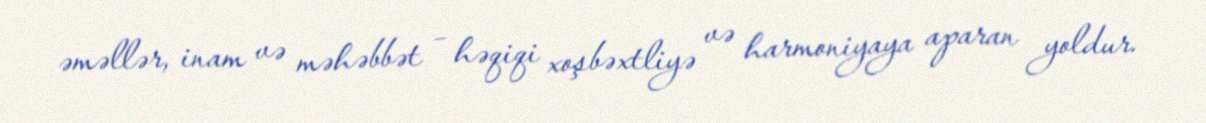
əməllər, inam və məhəbbət – həqiqi xoşbəxtliyə və harmoniyaya aparan yoldur.